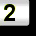
Digit: 2